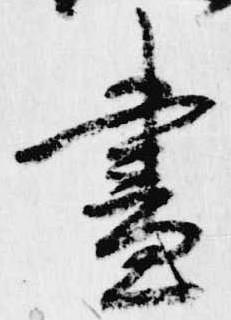
昼